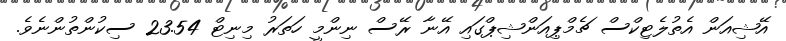
އޭޝިއަން އެތުލެޓިކްސް ޗެމްޕިއަންޝިޕްގައި އޭނާ ރޭސް ނިންމީ ހަތަރު މިނިޓް 23.54 ސިކުންތުންނެވެ.